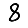
Digit: 8